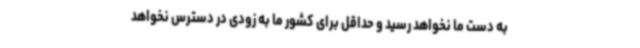
به دست ما نخواهد رسید و حداقل برای کشور ما به زودی در دسترس نخواهد